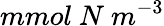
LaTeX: mmol~N~m^{-3}